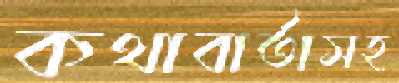
কথাবার্তাসহ